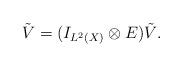
LaTeX: \begin{align*}\tilde{V} = (I_{L^2(X)}\otimes E)\tilde{V}.\end{align*}